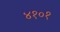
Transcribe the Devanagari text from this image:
४१०१